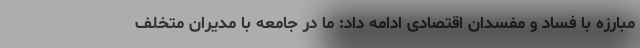
مبارزه با فساد و مفسدان اقتصادی ادامه داد: ما در جامعه با مدیران متخلف